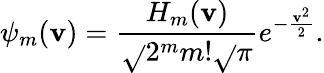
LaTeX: \psi_{m}(\mathbf{v})=\frac{{H_{m}(\mathbf{v})}}{{\sqrt{}{{2^{m}m!\sqrt{}{{\pi}}}}}}e^{-\frac{{\mathbf{v}^{2}}}{{2}}}.